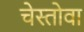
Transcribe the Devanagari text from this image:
चेस्तोवा